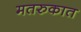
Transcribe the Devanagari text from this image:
मतरुकात